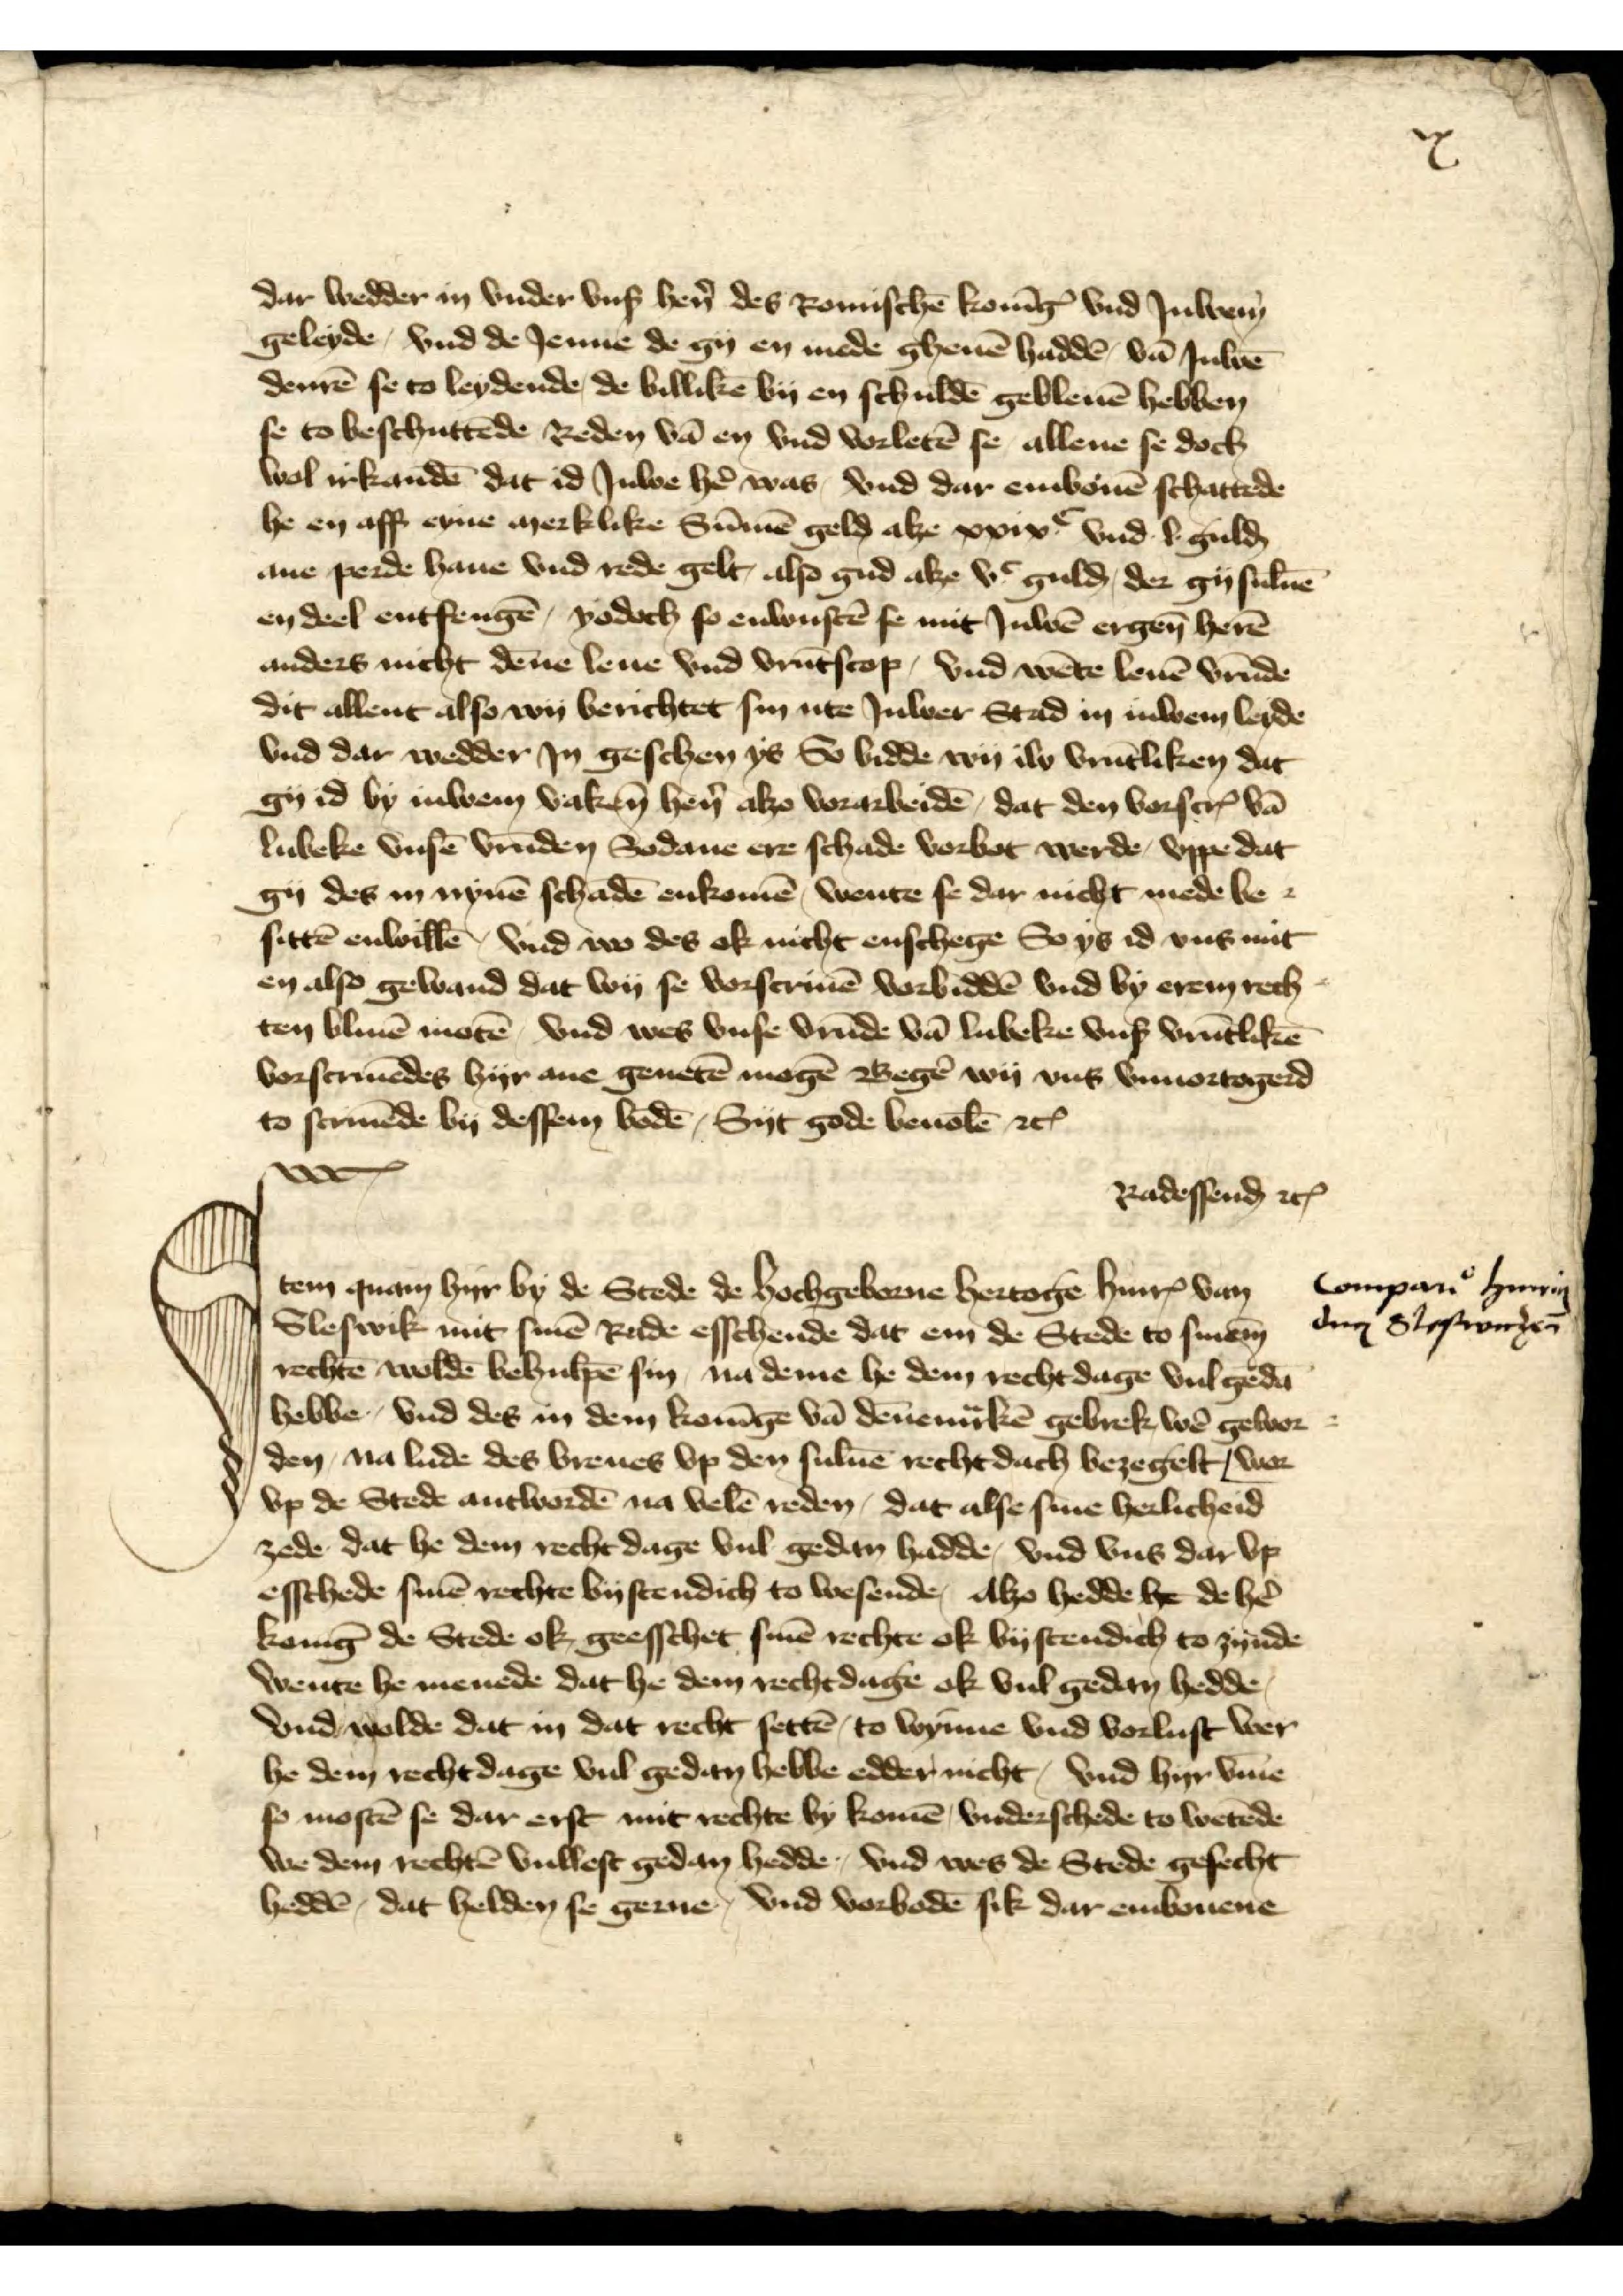
ix

dar wedder in vnder vnß hēn des Romischē Konīg vnd Juwen
geleyde, vnd de Jenne de gy en mede gheuē haddē vā Juwen
denrē se to leydende, de billikē by en schuldē gebleuē hebben
se to beschuttēde Reden vā en vnd vorletē se allene se doch
wol irkandē dat id Juwe hẻ was, vnd dar embouē schattede
he en aff eyne merklike Summen geld alze xxixc vnd v guld
ane perde haue vnd rede gelt, also gud alze vc gulḑ, der gy suluē
en deel entfengē, yodoch so enwustē se mit Juwen ergen̄ herē
anders nicht dēne leue vnd vrūtscop vnd wēten leuē vrūde
dit allent also wy berichtet sin ute Juwer Stad in iuwem leyde
vnd dar wedder Jn geschen ys So bidde ey iw vrūtliken dat
gy id by iuwem vaken hẻn alzo vorarbeidē, dat den vorscrꝬ vā
Lubeke vnsē vrūden Sodane ere Schade vorbot werde, vppe dat
gy des in nynē schadē enkomē, wente se dar nicht mede be-
sittē enwillē vnd iw des ok nicht enschege So ys id vns mit 
en also gewand dat wy se vorscriuē vorbiddē vnd by erem recht¬
ten bliuē motē vnd wes vnse vrūde van Lubeke vnß vrūtlikē
vorscriuēdes hyr ane geuetē mogē Begẻ wy vns vnuortogerd
to scriuēde by dessen bodē, Syt gode beuolē etꝬ
Radessenḑ etꝬ

Item quam hyr by de Stede de hochgeborne hertoge HinrꝬ van
Sleswik mit sinē Rade esschende dat em de Stede to sinem
rechtē woldē behulpē sin, na deme he dem recht dage vul gedā
hebbe, vnd des in dem Konīge vā Dēnemͣrken gebrek wẻ gewor¬
den, na lude des breues vp den suluē recht dacht bezegelt wor¬
vp de Stede antwordē na velē reden, dat alse sine herlicheid
zede dat he dem recht dage vul gedan hadde, vnd vns dar vp
esschede sinē rechte bystendich to wesende, alzo hedde he de hẻ
Konīg de Stede ok, geesschet sinē rechte ok bystendich to zynde
wente he menede dat he dem rechtdage ok vul gedan hedde 
Vnd wolde dat in dat recht settē, to wynne vnd vorlust wer
he dem rechtdage vul gedan hebbe edder nicht, vnd hyr v̄me
so mostē se dar erst mit rechte by komē, vnderschede to wetēde
we dem rechtē vullest gedan hedde, vnd wes de Stede gesecht
heddē, dat helden se gerne, vnd vorbodē sik dar embouene

compari hinrig
dem Sleswicken